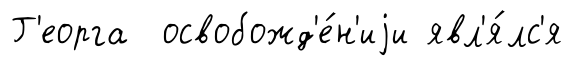
Г'еорга освобожд'е́н'иjи явл'я́лс'я